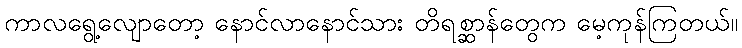
ကာလရွေ့လျောတော့ နောင်လာနောင်သား တိရစ္ဆာန်တွေက မေ့ကုန်ကြတယ်။